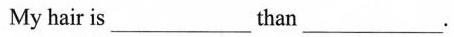
My hair is___than___.